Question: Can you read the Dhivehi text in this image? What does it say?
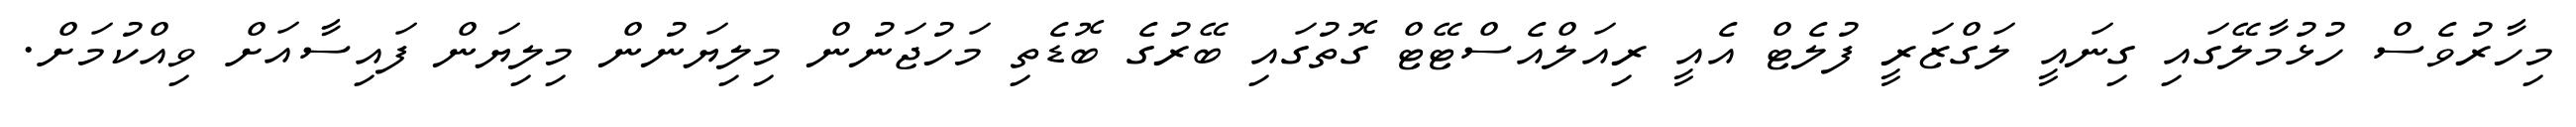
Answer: މިހާރުވެސް ހުޅުމާލޭގައި ގިނައީ ލަގްޒަރީ ފުލެޓް އެއީ ރިއަލްއެސްޓޭޓް ގޮތުގައި ބޭރުގެ ބޮޑެތި މަހުޖަނުން މިލިޔަނުން މިލިޔަން ފައިސާއަށް ވިއްކުމަށް.